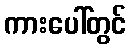
ကားပေါ်တွင်